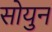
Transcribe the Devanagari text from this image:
सोयुन